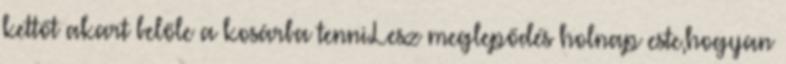
kettőt akart belőle a kosárba tenni.Lesz meglepődés holnap este,hogyan